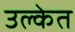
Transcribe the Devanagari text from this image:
उल्केत